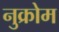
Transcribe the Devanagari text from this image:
नुक्रोम